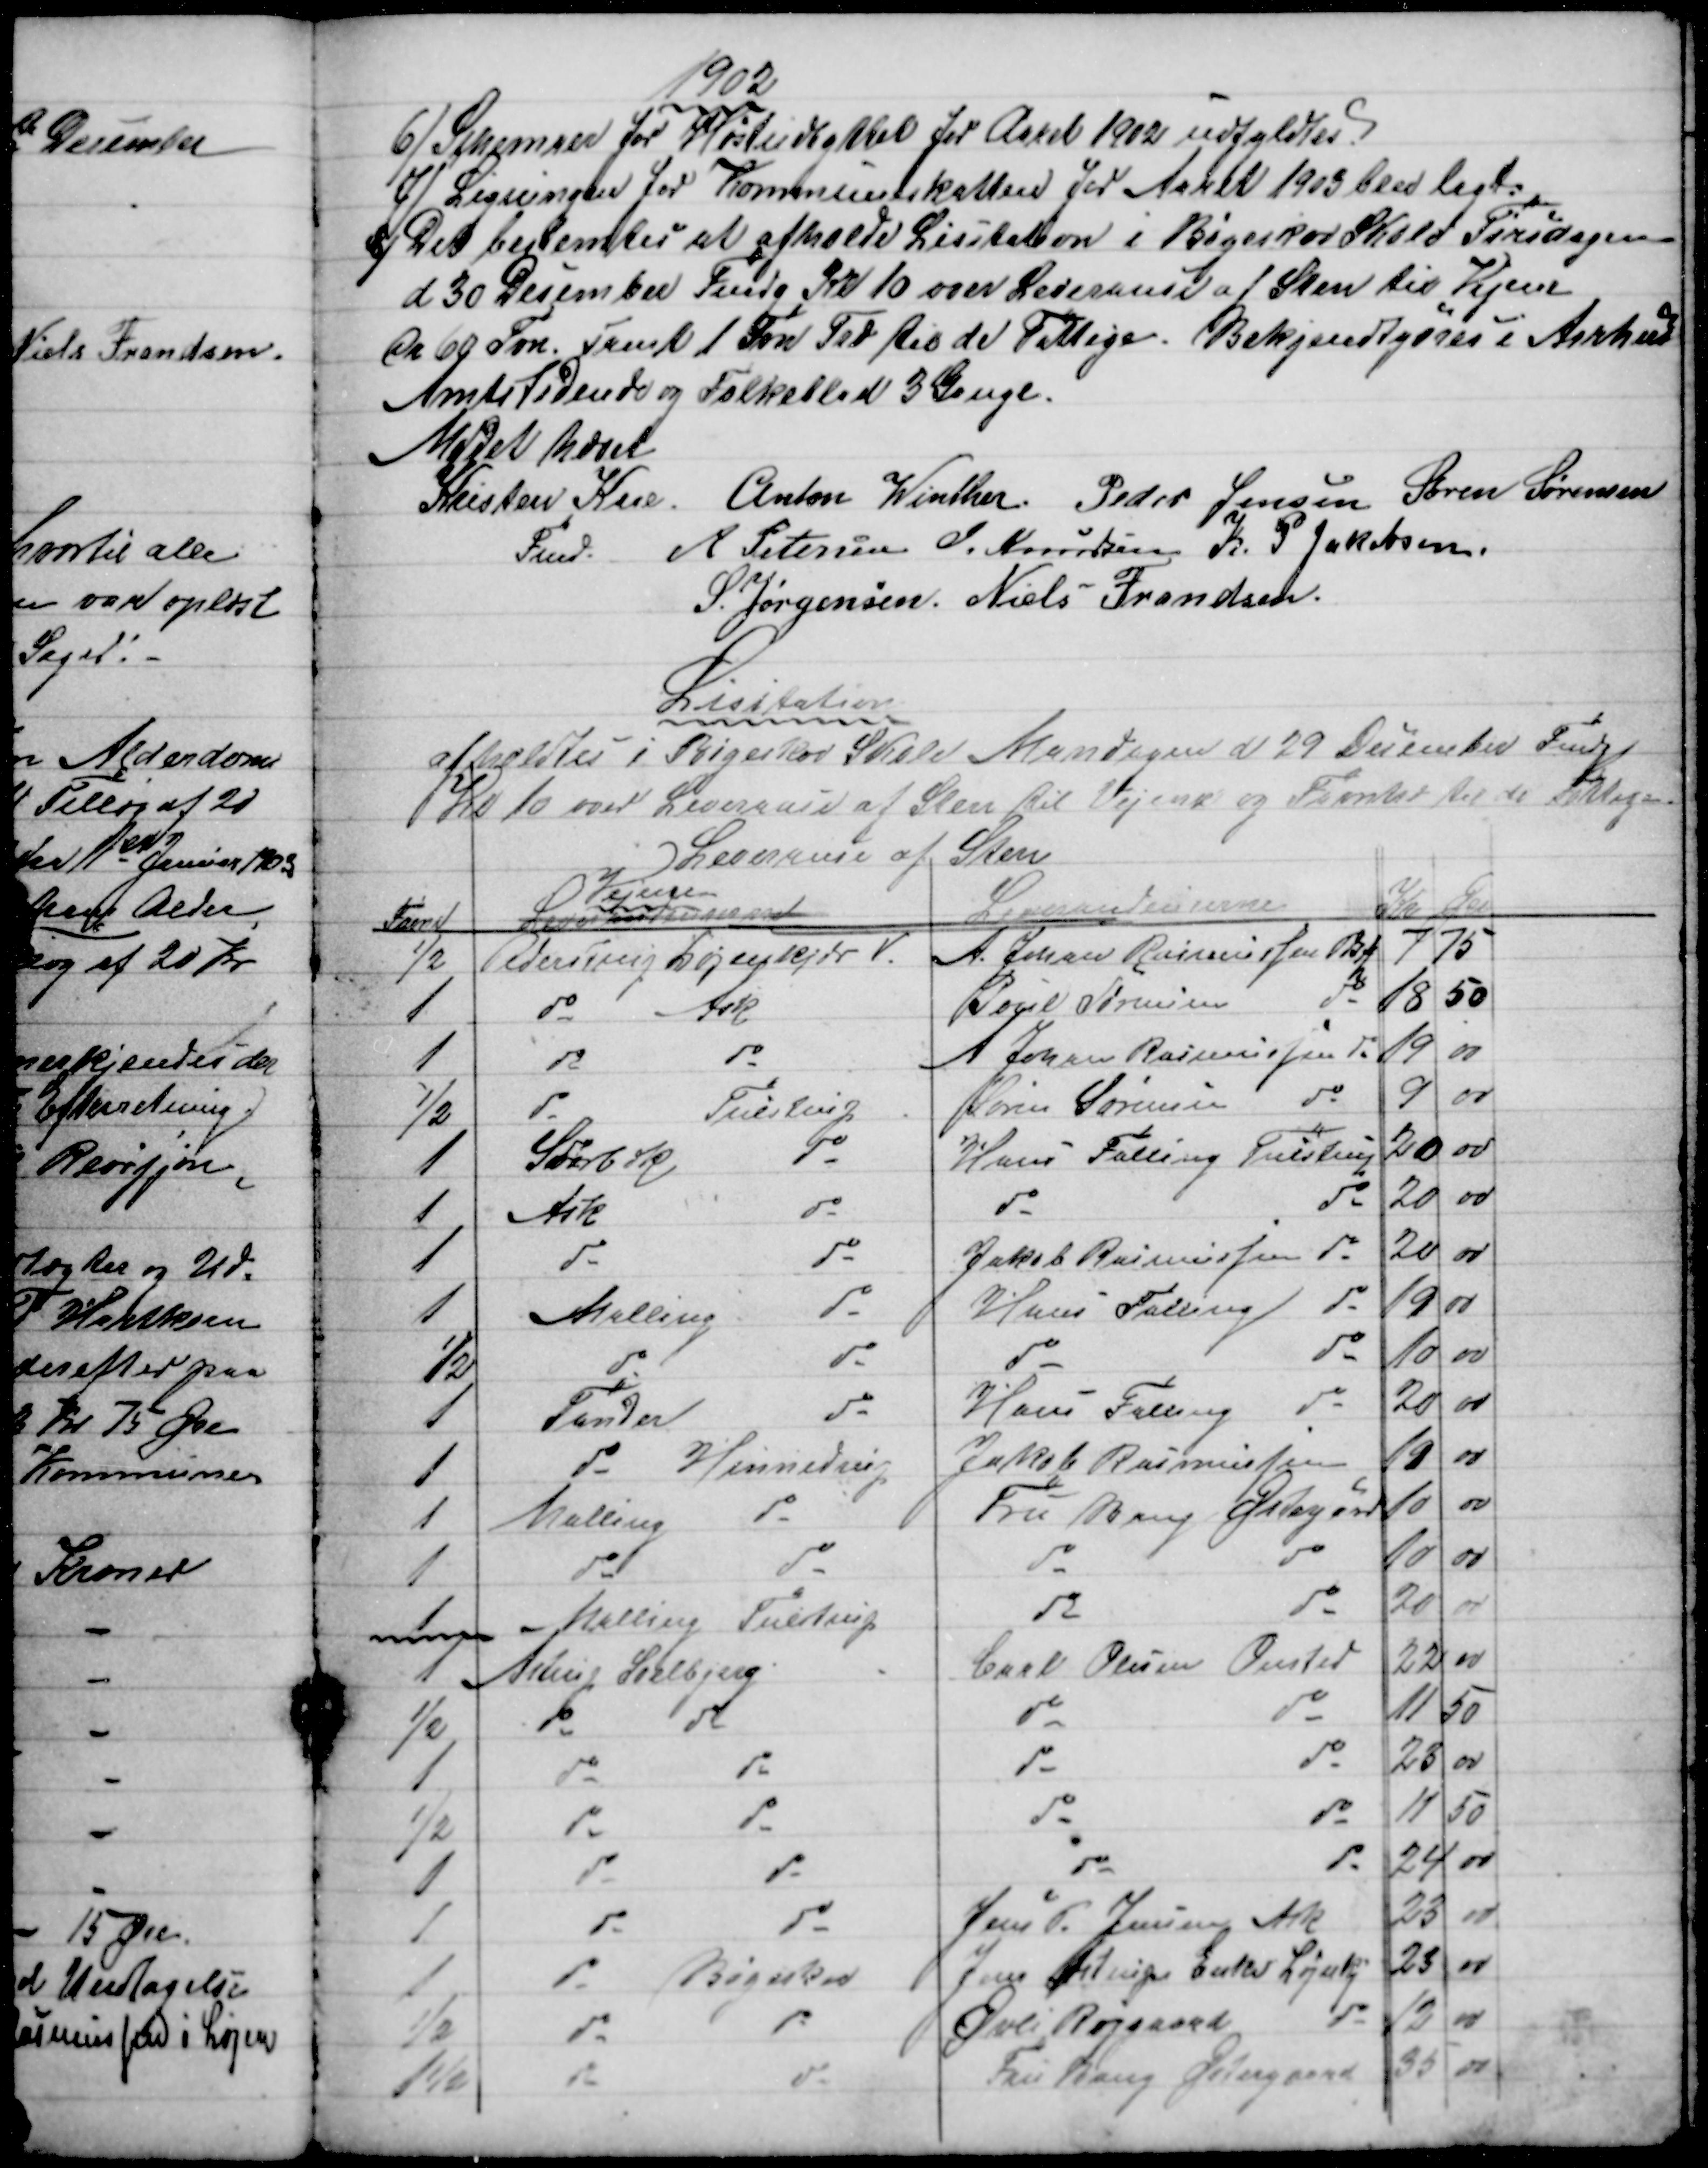
Transskription:
1902
6) Schemaer for Høstudbyttet for Aaret 1902 udfyldtes.
7) Ligningen for Kommuneskatten for Aaret 1903 blev lagt.
8) Det bestemtes at afholde Lisitation i Bøgeskov Skole Tirsdagen
d 30 December Fmdg Kl 10 over Leverance af Sten til Vejene
Ca 60 Fvn. samt 1 Fvn Træ til de Fattige. Bekjendtgøres i Aarhus
Amtstidende og Folkeblad 3 Gange.
Mødet hævet
Kristen Kaae
Fmd.
Anton Winther. Peder Jensen Søren Sørensen
A Petersen J. Knudsen K. P. Jakobsen
S. Jørgensen. Niels Frandsen.
Lisitation
afholdtes i Bøgeskov Skole Mandagen d 29 December Fmd.
Kl 10 over Leverance af Sten til Vejene og Favntræ til de Fattige.
Leverance af Sten
Favne
Leverandeurerne
Vejene
Leverandeurerne
Kr
Øre
½
Pederstrup Løjenkjær V.
A. Johan Rasmussen Pdstp
7
75
1
do
Ask
Poul Sørensen
do
18
50
1
do
do
A Johan Rasmussen do
19
00
½
do
Tulstrup
Søren Sørensen
do
9
00
1
Svorbæk
do
Hans Falling Tulstrup
20
00
1
Ask
do
do
do
20
00
1
do
do
Jakob Rasmussen
do
20
00
1
Malling
do
Hans Falling
do
19
00
½
do
do
do
do
10
00
1
Tander
do
Hans Falling
do
20
00
1
do Hinnedrup
Jakob Rasmussen
19
00
1
Malling
do
Fru Bang Østergård
10
00
1
do
do
do
10
00
1
Malling Tulstrup
do
do
20
00
1
Astrup Soelbjerg
Carl Olesen Onsted
22
00
½
do
do
do
do
11
50
1
do
do
do
do
23
00
½
do
do
do
do
11
50
1
do
do
do
do
24 
00
1
do
do
Jens P. Jensens Ask
23
00
1
do
Bøgeskov
Jens Astrups Enke Løjnkj
23
00
½
do
do
Øvli Røjgaard
do
12
00
1½
do
do
Fru Bang Østergaard
35
00